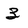
Character: 3